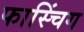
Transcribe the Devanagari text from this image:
फास्चिंग